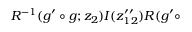
{ \cal R } ^ { - 1 } ( g ^ { \prime } \circ g ; z _ { 2 } ) I ( z _ { 1 2 } ^ { \prime \prime } ) { \cal R } ( g ^ { \prime } \circ